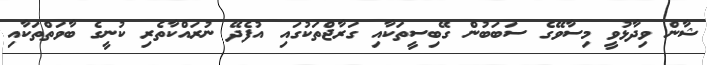
ޝާން ވިދާޅުވީ މިސާވޭގެ ސަބަބުން ގޭބިސީތަކާއި ގަރާޖްތަކުގައި އުފެދޭ ނުރައްކާތެރި ކުނީގެ ބާވަތްތަކާއި